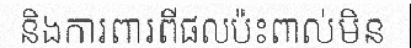
និងការពារពីផលប៉ះពាល់មិន